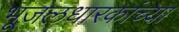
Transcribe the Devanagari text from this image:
भूजलधारकांच्या